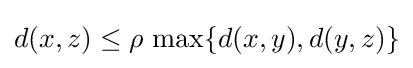
d(x,z)\leq \rho \,\max\{d(x,y),d(y,z)\}